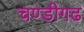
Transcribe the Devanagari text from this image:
चण्‍डीगढ